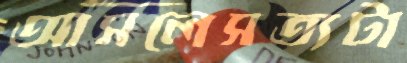
আসলেসত্যটা